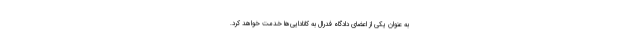
به عنوان یکی از اعضای دادگاه فدرال به کانادایی‌ها خدمت خواهد کرد.